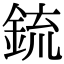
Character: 鋶